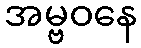
အမ္ဗဝနေ